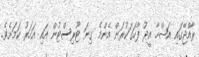
ރާއްޖޭގައި އަޟްހާ އީދު ފާހަގަކުރަން އެންމެ ގިނަ ޓޫރިސްޓުން އައި އަހަރު ކަމަށެވެ.